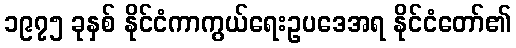
၁၉၇၅ ခုနှစ် နိုင်ငံကာကွယ်ရေးဥပဒေအရ နိုင်ငံတော်၏